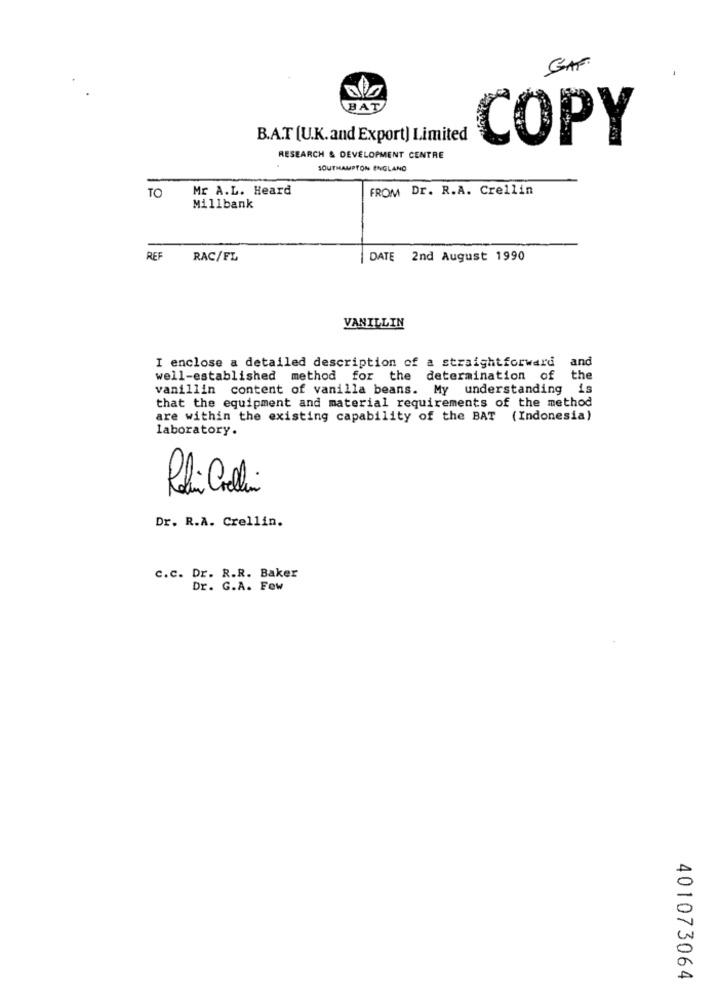
GAF
BAT
B.A.T [U.K.and Export) Limited
COPY
RESEARCH & DEVELOPMENT CENTRE
SOUTHAMPTON ENGLAND
Mr A.L. Heard
FROM Dr. R.A. Crellin
TO
Millbank
REF
RAC/FL
DATE 2nd August 1990
VANILLIN
I enclose a detailed description of a straightforward
and
well-established method for the determination of
the
vanillin content of vanilla beans. My understanding is
that the equipment and material requirements of the method
are within the existing capability of the BAT (Indonesia)
laboratory.
Radi Cali
Dr. R.A. Crellin.
c.c. Dr. R.R. Baker
Dr. G.A. Few
401073064